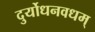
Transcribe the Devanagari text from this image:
दुर्योधनवधम्